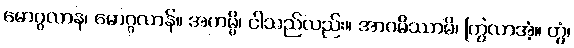
မောဂ္ဂလာန၊ မောဂ္ဂလာန်။ အဟမ္ပိ၊ ငါသည်လည်း။ အာဂမိဿာမိ၊ ကြွလာအံ့။ တွံ၊